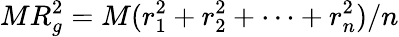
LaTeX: MR_{g}^{2}=M(r_{1}^{2}+r_{2}^{2}+\cdots+r_{n}^{2})/n